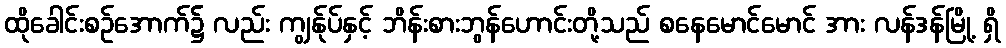
ထိုခေါင်းစဉ်အောက်၌ လည်း ကျွန်ုပ်နှင့် ဘိန်းစားဘွန်ဟောင်းတို့သည် စနေမောင်မောင် အား လန်ဒန်မြို့ ရှိ